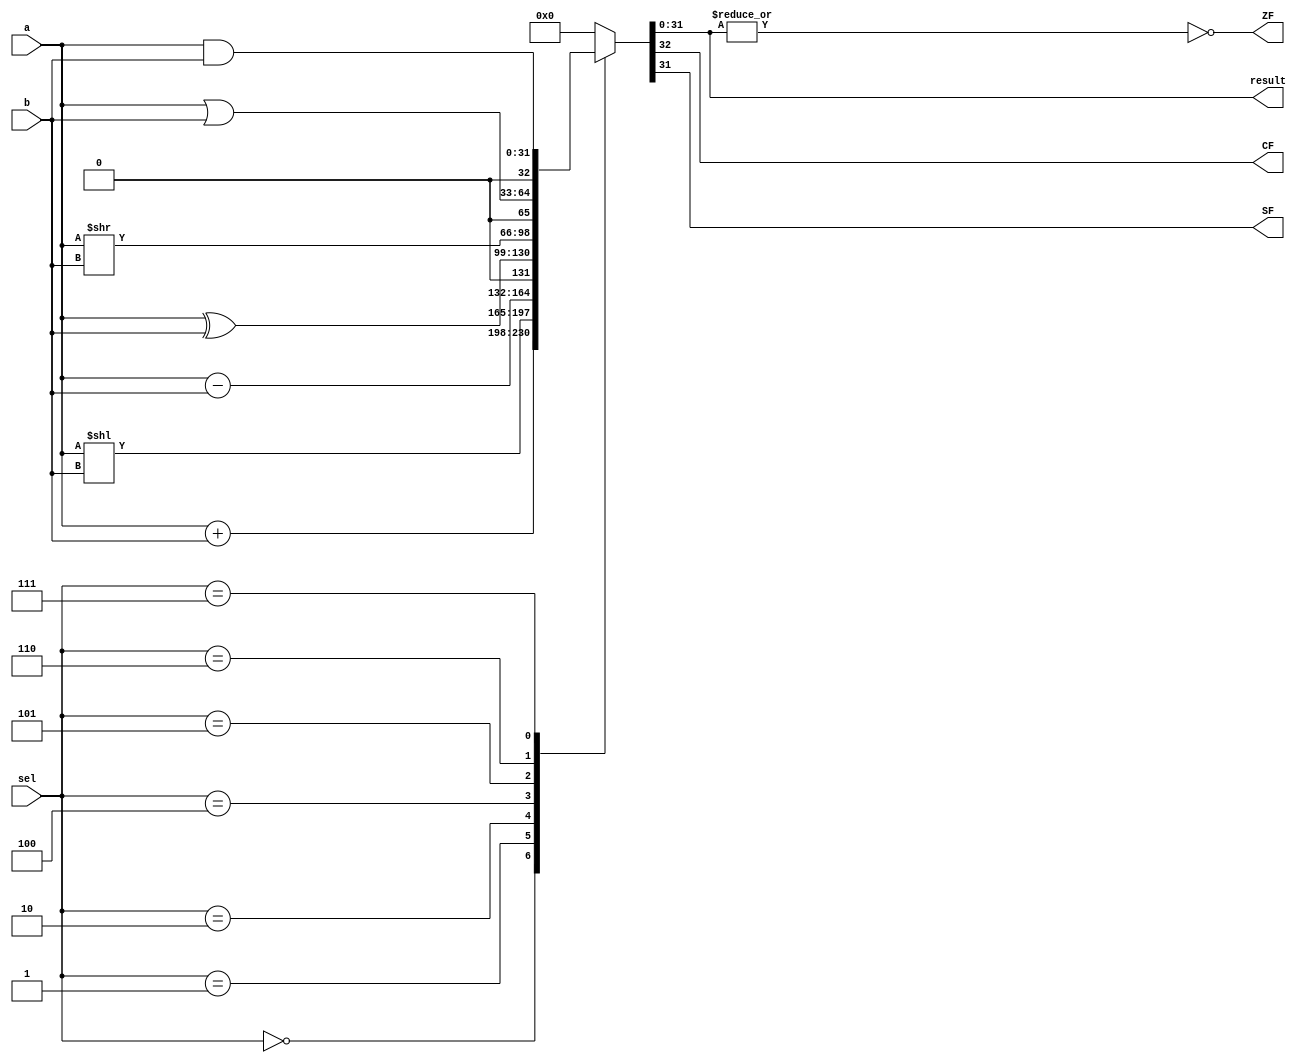
module ALU(input[31:0] a,b,
output reg[31:0] result,
input[2:0] sel , 
output reg CF, 
output ZF,SF);

assign ZF=~|result;
assign SF=result[31];
always@(*)
begin
  case(sel)
    3'b000: {CF,result}=a+b;
    3'b001: {CF,result}=a<<b;
    //3'b010: {CF,result}=b;
    3'b010: {CF,result}=a-b;
    3'b100: {CF,result}=a^b;
    3'b101: {CF,result}=a>>b;
    3'b110: {CF,result}=a|b;
    3'b111: {CF,result}=a&b;
    default: {CF,result}=32'b0;
  endcase
    
end 

endmodule